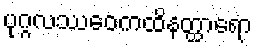
ပုဂ္ဂလဿေဝကထိနတ္ထာရော